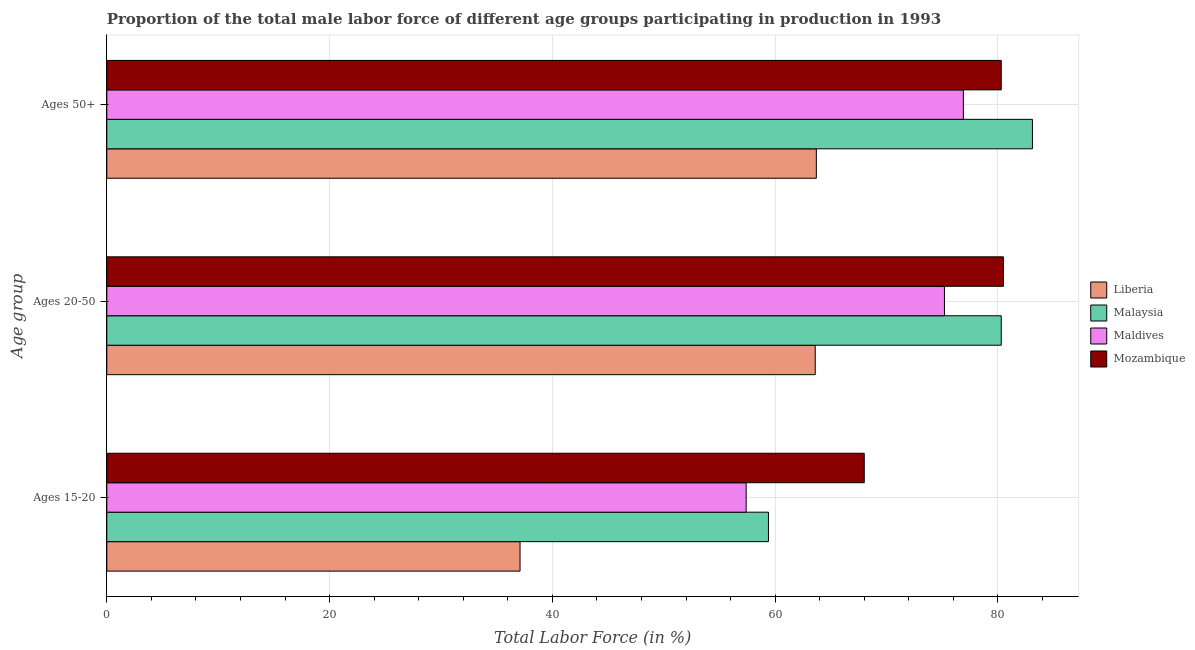
| Age group | Liberia | Malaysia | Maldives | Mozambique |
 | --- | --- | --- | --- | --- |
 | Ages 15-20 | 37.1 | 59.4 | 57.4 | 68 |
 | Ages 20-50 | 63.6 | 80.3 | 75.2 | 80.5 |
 | Ages 50+ | 63.7 | 83.1 | 76.9 | 80.3 |